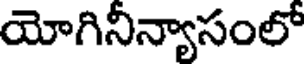
యోగినిన్యాసంలో